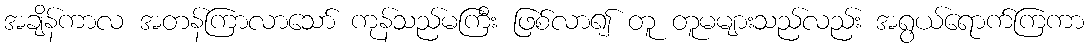
အချိန်ကာလ အတန်ကြာလာသော် ကုန်သည်မကြီး ဖြစ်လာ၍ တူ တူမများသည်လည်း အရွယ်ရောက်ကြကာ